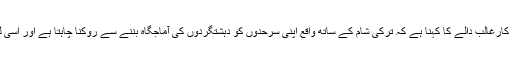
استنبول میں قائم الشرق فورم نامی تھنک ٹینک سے وابستہ تجزیہ کارغالب دالے کا کہنا ہے کہ ترکی شام کے ساتھ واقع اپنی سرحدوں کو دہشتگردوں کی آماجگاہ بننے سے روکنا چاہتا ہے اور اسی لیے وہ داعش کے خلاف بین الاقوامی جنگ کا ایک اہم حصہ ہے۔